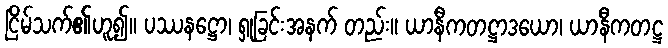
ငြိမ်သက်၏ဟူ၍။ ပဿနဋ္ဌော၊ ရှုခြင်းအနက် တည်း။ ယာနီကတဋ္ဌာဒယော၊ ယာနီကတဋ္ဌ